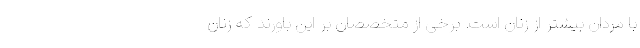
با مردان بیشتر از زنان است. برخی از متخصصان بر این باورند که زنان